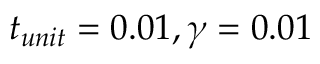
t _ { u n i t } = 0 . 0 1 , \gamma = 0 . 0 1